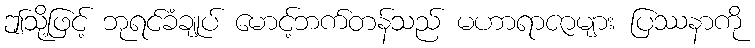
ဤသို့ဖြင့် ဘုရင်ခံချုပ် မောင့်ဘက်တန်သည် မဟာရာဇာများ ပြဿနာကို